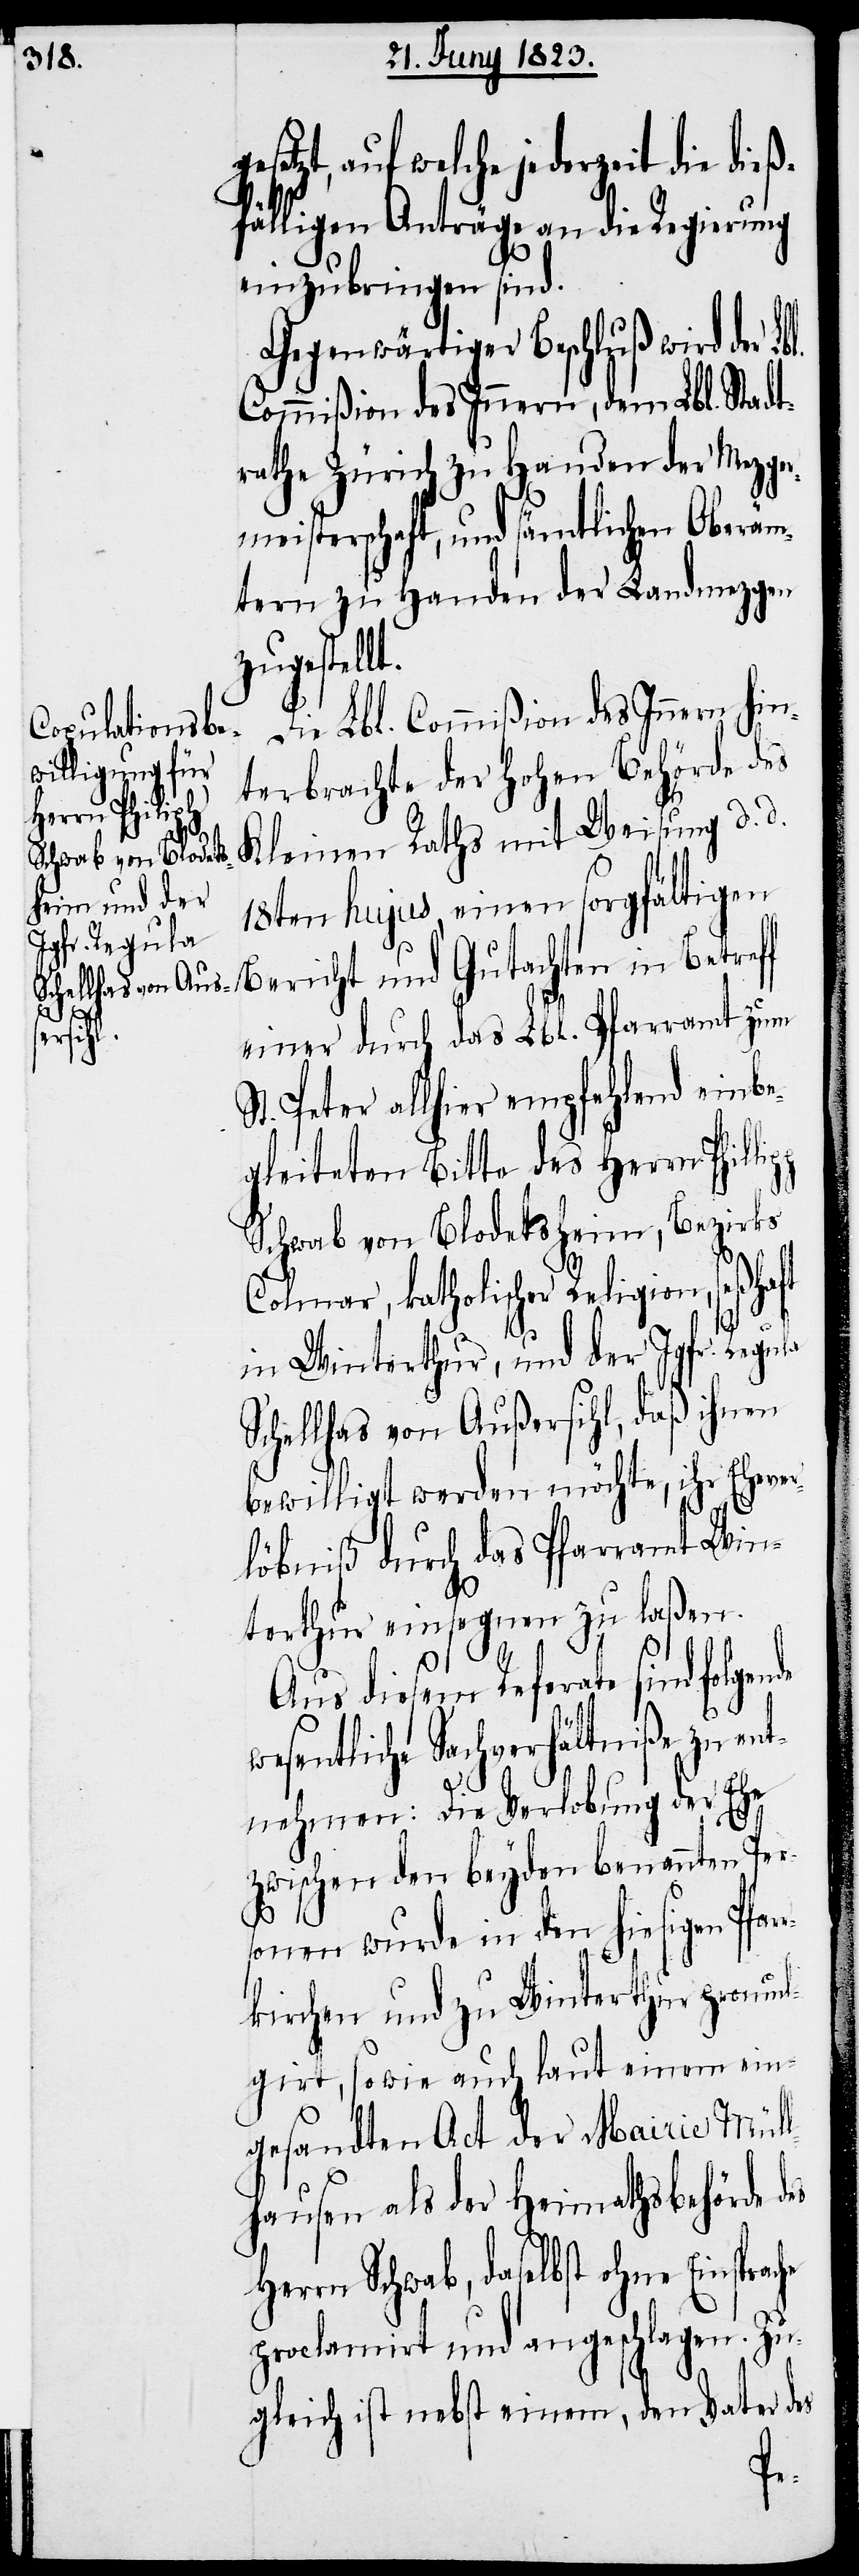
etzt, auf welche jederzeit die
ßfälligen Anträge an die Regierung
einzubringen sind.
Gegenwärtiger Beschluß wird der L¬
Commißion des Innern, dem Lbl. Stadt¬
rathe Zürich zu Handen der Mezger¬
meisterschaft, und sämtlichen Oberäm¬
tern zu Handen der Landmezgen
zugestellt.
Die Lbl. Commißion des Innern hin¬
terbrachte der hohen Behörde des
Kleinen Raths mit Weisung d. d.
18ten hujus, einen sorgfältig¬
en Bericht und Gutachten in Betreff
einer durch das Lbl. Pfarramt zum
St. Peter allhier empfehlend einbe¬
gleiteten Bitte des Herrn Phil¬
Schwab von Blodetsheim, Bezirks
Colmar, katholischer Religion, seßhaft
in Winterthur, und der Jgfr. Regula
Schellhas von Außersihl, daß ihnen
bewilligt werden möchte, ihr Ehever¬
löbniß durch das Pfarramt Win¬
terthur einsegnen zu laßen.
Aus diesem Referate sind
sentliche Sachverhältniße zu en¬
tnehmen: Die Verlobung der Ehe
zwischen den beyden benannten Per¬
lipp
sonen wurde in den hiesigen Pfa¬
kirchen und zu Winterthur promul¬
girt, sowie auch laut einem ein¬
gesandten Act der Mairie Müll¬
hausen als der Heimathsbehörde
rrn Schwab, daselbst ohne Einspra¬
proclamirt und angeschlagen. Zu¬
gleich ist nebst einem, den Vater des
che